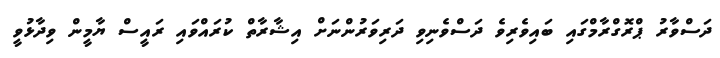
ދަސްވާރު ޕްރޮގްރާމްގައި ބައިވެރިވެ ދަސްވެނިވި ދަރިވަރުންނަށް އިޝާރާތް ކުރައްވައި ރައީސް ޔާމީން ވިދާޅުވީ